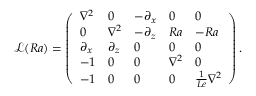
\mathcal { L } ( R a ) = \left( \begin{array} { l l l l l } { \nabla ^ { 2 } } & { 0 } & { - \partial _ { x } } & { 0 } & { 0 } \\ { 0 } & { \nabla ^ { 2 } } & { - \partial _ { z } } & { R a } & { - R a } \\ { \partial _ { x } } & { \partial _ { z } } & { 0 } & { 0 } & { 0 } \\ { - 1 } & { 0 } & { 0 } & { \nabla ^ { 2 } } & { 0 } \\ { - 1 } & { 0 } & { 0 } & { 0 } & { \frac { 1 } { L e } \nabla ^ { 2 } } \end{array} \right) .